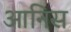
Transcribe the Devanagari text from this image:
आनिस